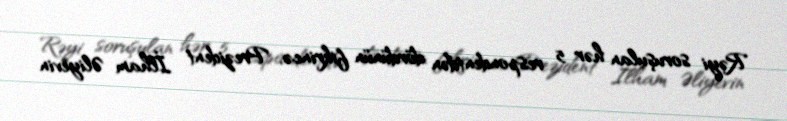
Rəyi soruşulan hər 5 respondentdən dördünün fikrincə, Prezident İlham Əliyevin